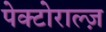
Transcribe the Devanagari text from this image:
पेक्टोराल्ज़